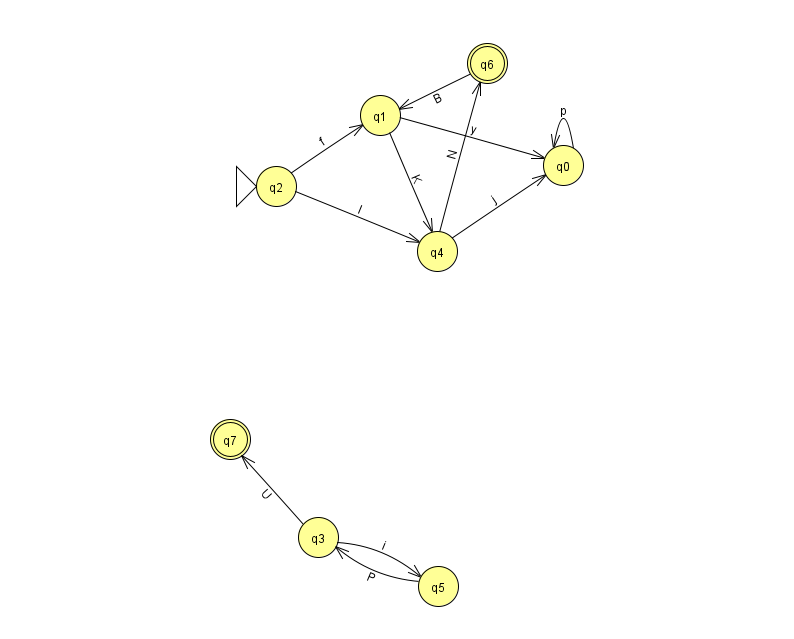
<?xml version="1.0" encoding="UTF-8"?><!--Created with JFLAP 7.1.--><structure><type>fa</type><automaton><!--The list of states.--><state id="0" name="q0"><x>563.0</x><y>152.0</y></state><state id="1" name="q1"><x>380.0</x><y>102.0</y></state><state id="2" name="q2"><x>276.0</x><y>173.0</y><initial/></state><state id="3" name="q3"><x>318.0</x><y>524.0</y></state><state id="4" name="q4"><x>437.0</x><y>238.0</y></state><state id="5" name="q5"><x>438.0</x><y>573.0</y></state><state id="6" name="q6"><x>487.0</x><y>50.0</y><final/></state><state id="7" name="q7"><x>230.0</x><y>426.0</y><final/></state><!--The list of transitions.--><transition><from>0</from><to>0</to><read>p</read></transition><transition><from>2</from><to>4</to><read>I</read></transition><transition><from>3</from><to>5</to><read>i</read></transition><transition><from>3</from><to>7</to><read>U</read></transition><transition><from>6</from><to>1</to><read>B</read></transition><transition><from>1</from><to>4</to><read>K</read></transition><transition><from>4</from><to>6</to><read>N</read></transition><transition><from>2</from><to>1</to><read>f</read></transition><transition><from>4</from><to>0</to><read>j</read></transition><transition><from>5</from><to>3</to><read>P</read></transition><transition><from>1</from><to>0</to><read>y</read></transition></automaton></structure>